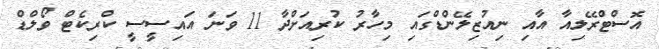
އޮސްޓްރޭލިއާ އާއި ނިއުޒިލޭންޑްގައި މިހާރު ކުރިއަށްދާ 11 ވަނަ އައިސީސީ ކްރިކެޓް ވޯލްޑް